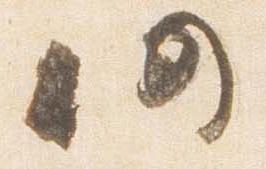
仍